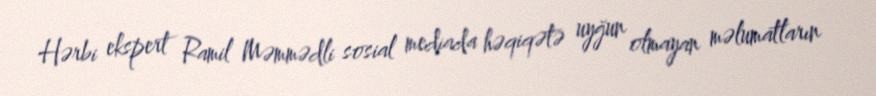
Hərbi ekspert Ramil Məmmədli sosial mediada həqiqətə uyğun olmayan məlumatların